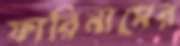
ফারিনাসের